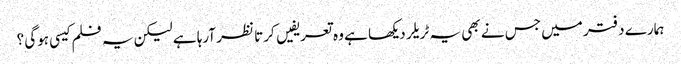
ہمارے دفتر میں جس نے بھی یہ ٹریلر دیکھا ہے وہ تعریفیں کرتا نظر آرہا ہے لیکن یہ فلم کیسی ہوگی ؟